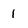
Character: 1